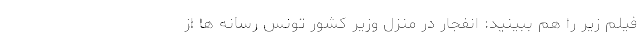
فیلم‌ زیر را هم ببینید: انفجار در منزل وزیر کشور تونس رسانه ها از